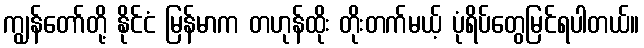
ကျွန်တော်တို့ နိုင်ငံ မြန်မာက တဟုန်ထိုး တိုးတက်မယ့် ပုံရိပ်တွေမြင်ရပါတယ်။